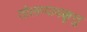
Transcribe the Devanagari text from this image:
तोलप्पावक्कूत्तु